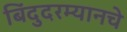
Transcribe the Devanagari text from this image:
बिंदुदरम्यानचे